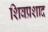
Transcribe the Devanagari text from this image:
शिवप्रशाद